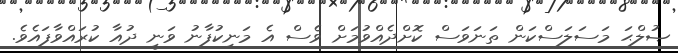
ޞުލްޙަ މަސަލަސްކަން ތަނަވަސް ކޮށްދެއްވުމަށް ވެސް އެ މަނިކުފާނު ވަނީ ދުއާ ކުރައްވާފައެވެ.